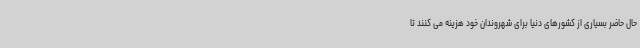
حال حاضر بسیاری از کشورهای دنیا برای شهروندان خود هزینه می کنند تا